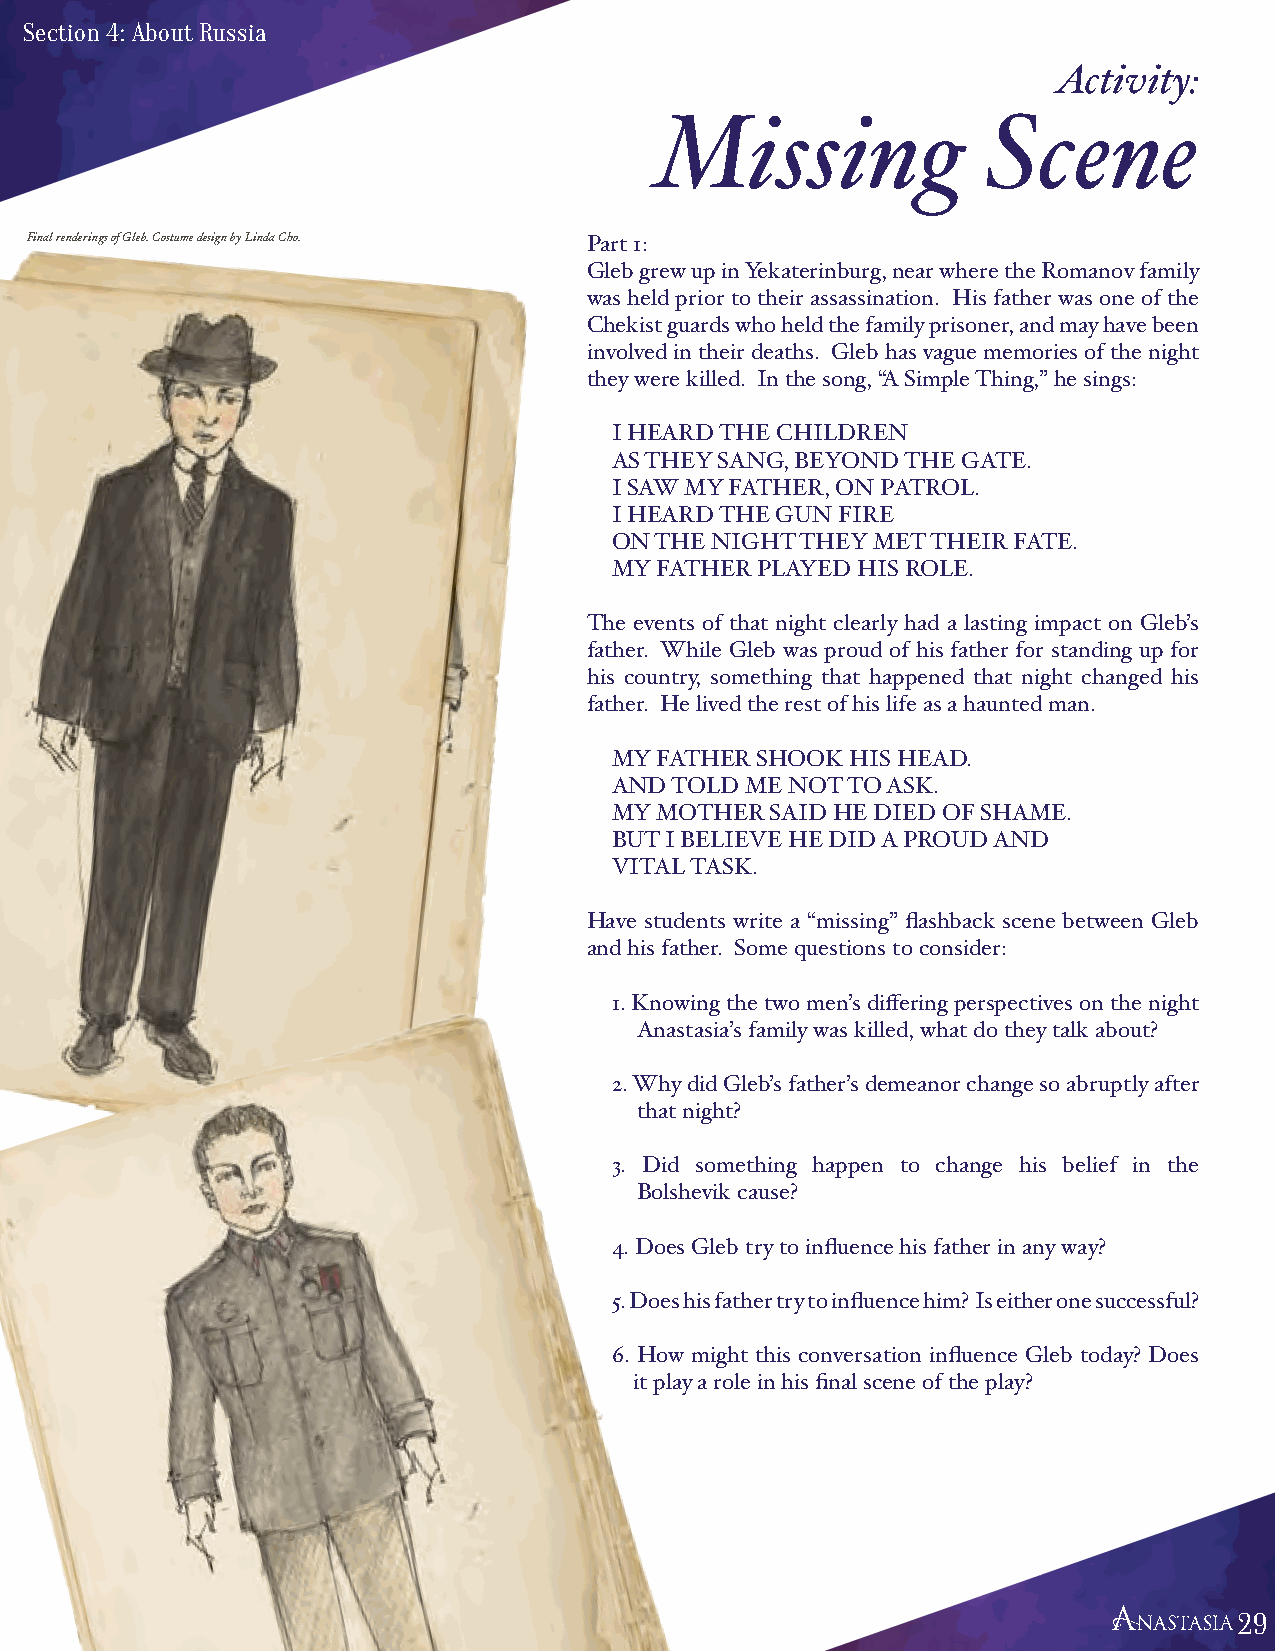
Section 4: About Russia
 Activity:
 Missing               Scene
 Final renderings of Gleb. Costume design by Linda Cho. Part 1:
 Gleb grew up in Yekaterinburg, near where the Romanov family
 was held prior to their assassination. His father was one of the
 Chekist guards who held the family prisoner, and may have been
 involved in their deaths. Gleb has vague memories of the night
 they were killed. In the song, “A Simple Thing,” he sings:
 I HEARD THE CHILDREN
 AS THEY SANG, BEYOND THE GATE.
 I SAW MY FATHER, ON PATROL.
 I HEARD THE GUN FIRE
 ON THE NIGHT THEY MET THEIR FATE.
 MY FATHER PLAYED HIS ROLE.
 The events of that night clearly had a lasting impact on Gleb’s
 father. While Gleb was proud of his father for standing up for
 his country, something that happened that night changed his
 father. He lived the rest of his life as a haunted man.
 MY FATHER SHOOK HIS HEAD.
 AND TOLD ME NOT TO ASK.
 MY MOTHER SAID HE DIED OF SHAME.
 BUT I BELIEVE HE DID A PROUD AND
 VITAL TASK.
 Have students write a “missing” flashback scene between Gleb
 and his father. Some questions to consider:
 1. Knowing the two men’s differing perspectives on the night
 Anastasia’s family was killed, what do they talk about?
 2. Why did Gleb’s father’s demeanor change so abruptly after
 that night?
 3. Did something happen to change his belief in the
 Bolshevik cause?
 4. Does Gleb try to influence his father in any way?
 5. Does his father try to influence him? Is either one successful?
 6. How might this conversation influence Gleb today? Does
 it play a role in his final scene of the play?
 29